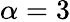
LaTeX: \alpha=3